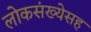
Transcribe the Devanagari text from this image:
लोकसंख्येसह